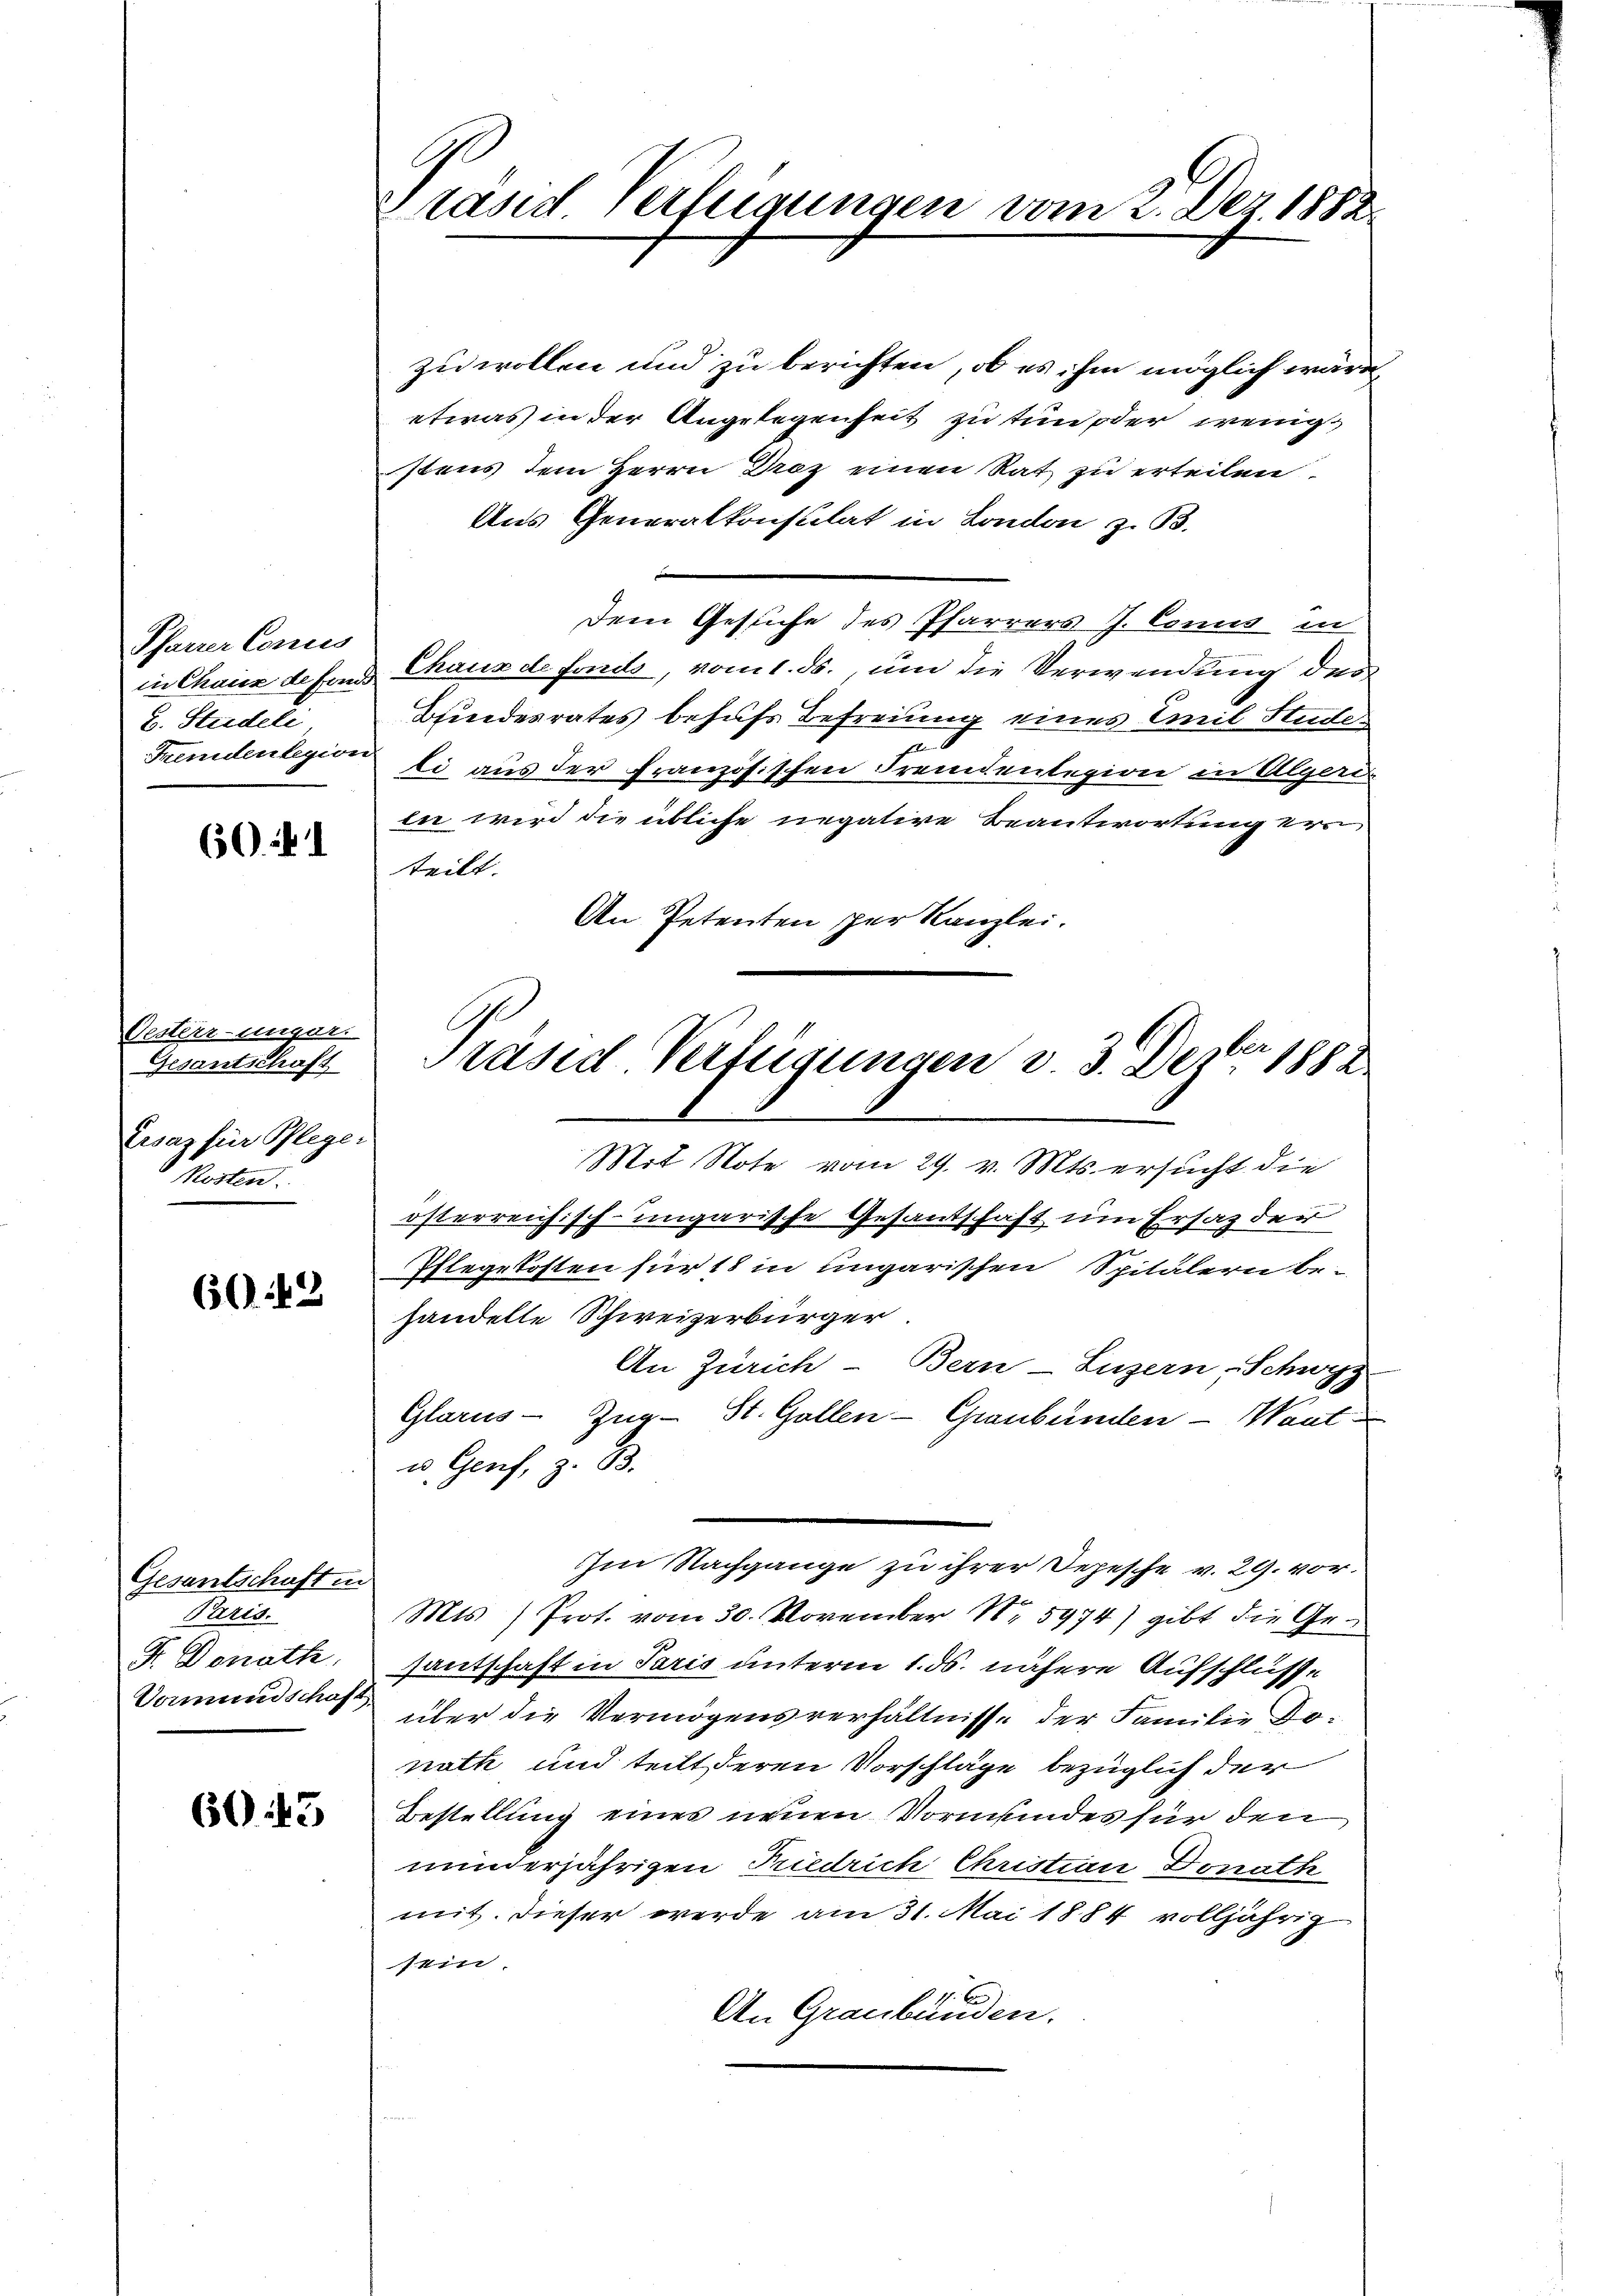
Pfarrer Conces
2. Studeli
Fremdenlegion

60

Oesterrunger.
Gesantschaft
Eisaz für Pfleger
Kosten.

60:42

Gesantschaft in
Paris.
Fr. Donath.

6043

Präsid verfügungen vom 2. Dez. 1882

zu wollen und zu berichten, ob es ihm möglich wäre,
etwas in der Angelegenheit zu tun oder wenig
stens dem Herrn Droz einen Rat zu erteilen
Aus Generalkonsulat in London z. B.
Dem Gesuche des Pfarrers J. Comis in
in Chaus de son Chaus de fonds, vom 1. ds., um die Verwendung des
Bundesrates behufs Befreiung eines Emil Stude
x
li aus der Französischen Fremdenlegion in Algeri
ii wird die übliche negative Beantwortung erteilt.
An Petenten per Kanzlei.

Präses Verfügungen v. 3. Dezbr 1882

Mit Note vom 29. v. Mts. ersucht die
österreichisch-ungarische Gesantschaft um Ersatz der
Thlegekosten für 18 in ungarischen Spitälern be-
handelle Schweizerbürger
An Zürich - Bern-Luzern Schwyz
Glarus - Zug- St. Gallen - Graubünden - Want
u. Genf, z. B.
Im Nachgange zu ihrer Depesche v. 29. vor.
Mts) Prot. vom 30. November Nr 5974) gibt die Gesantschaft in Paris unterm 1. ds. nähere Aufschlusse
Vormundschaft über die Vermögensverhältnisse der Familie Donath und teilt deren Vorschläge bezüglich der
Bestellung eines neuen Vormundes für den
minderjährigen Friedrich Christian Donath
mit. Dieser werde am 31. Mai 1884 volljährig
sein.
An Graubünden.